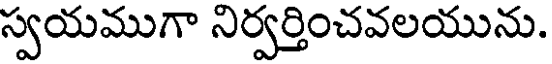
స్వయముగా నిర్వర్తించవలయును.